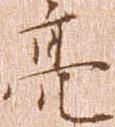
亮